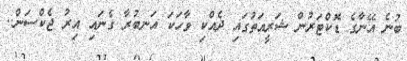
ބުނެ އޭނާގެ ޑޮކްޓަރުން ޝަރީއަތުގައި ދެއްކި ވާހަކަ އަނބުރާ ގެނައި އިރު ޖެކްސަން..